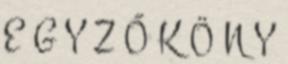
E G Y Z Ő K Ö N Y